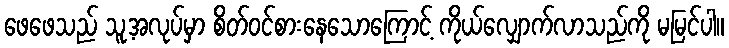
ဖေဖေသည် သူ့အလုပ်မှာ စိတ်ဝင်စားနေသောကြောင့် ကိုယ်လျှောက်လာသည်ကို မမြင်ပါ။